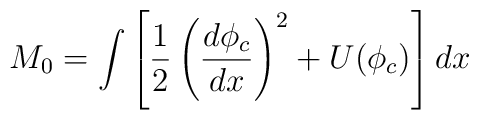
M_0 = \int \left[ \frac{1}{2}\left(\frac{d\phi_c}{dx}\right)^2 + U(\phi_c)\right] dx